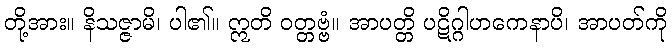
တို့အား။ နိသဇ္ဇာမိ၊ ပါ၏။ ဣတိ ဝတ္တဗ္ဗံ။ အာပတ္တိ ပဋိဂ္ဂါဟကေနာပိ၊ အာပတ်ကို